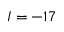
I = - 1 7